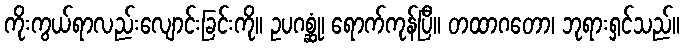
ကိုးကွယ်ရာလည်းလျောင်းခြင်းကို။ ဥပဂစ္ဆုံ၊ ရောက်ကုန်ပြီ။ တထာဂတော၊ ဘုရားရှင်သည်။